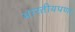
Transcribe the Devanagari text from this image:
भारतीयपणा